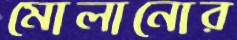
মোলানোর